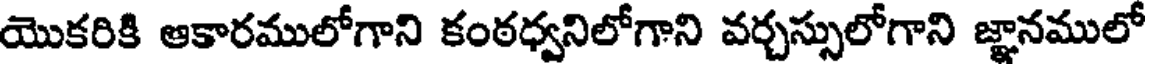
యొకరికి ఆకారములోగాని కంఠధ్వనిలోగాని వర్చస్సులోగాని జ్ఞానములో